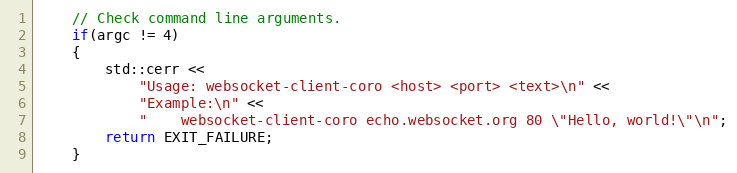
Language: C++
    // Check command line arguments.
    if(argc != 4)
    {
        std::cerr <<
            "Usage: websocket-client-coro <host> <port> <text>\n" <<
            "Example:\n" <<
            "    websocket-client-coro echo.websocket.org 80 \"Hello, world!\"\n";
        return EXIT_FAILURE;
    }